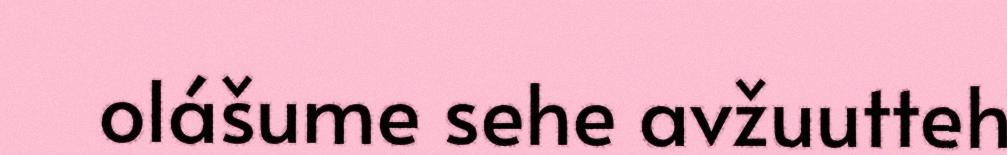
olášume sehe avžuutteh